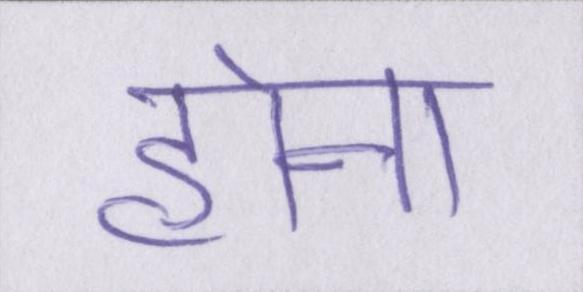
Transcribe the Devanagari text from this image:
होना